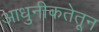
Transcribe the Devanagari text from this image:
आधुनीकतेतून